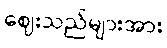
ဈေးသည်များအား